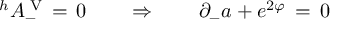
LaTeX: ^ h A _ { - } ^ { \mathrm { \tiny ~ V } } \, = \, 0 \qquad \Rightarrow \qquad \partial _ { - } a + e ^ { 2 \varphi } \, = \, 0